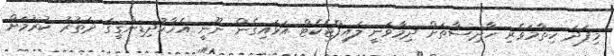
މިފަދަ ހިތާމަވެރި ހާދިސާތަށް ދިމާވަނީ ލައިފްޖެކެޓް އަޅައިގެން ނޫނީ އެހާކުދިޑިންގީގަ ދަތުރު ކުރުމަށް